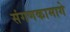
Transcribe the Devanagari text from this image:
संगणकामागे